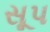
સૂપ